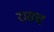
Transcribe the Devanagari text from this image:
रासच